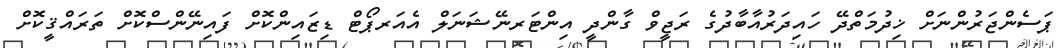
ޕަސެންޖަރުންނަށް ޚިދުމަތްދޭ ހައިދަރުއާބާދުގެ ރަޖީވް ގާންދީ އިންޓަރނޭޝަނަލް އެއަރޕޯޓް ޑިޒައިންކޮށް ފައިނޭންސްކޮށް ތަރައްޤީކޮށް